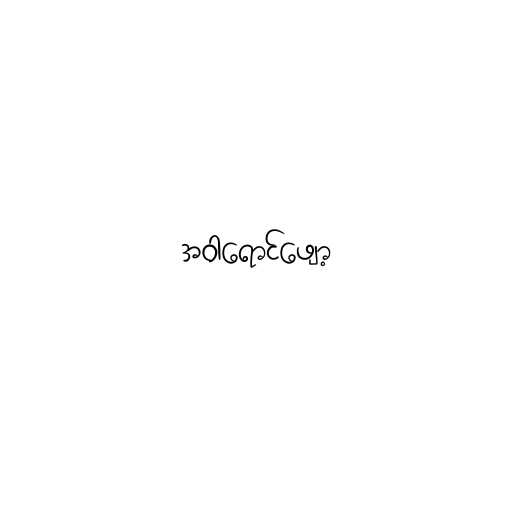
အဝါရောင်ဖျော့